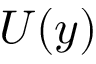
U ( y )